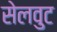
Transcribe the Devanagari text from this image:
सेलवुट